Tezpur Lunatic Asylum reports 1895-1904 - 1895-1904
Year: 1895
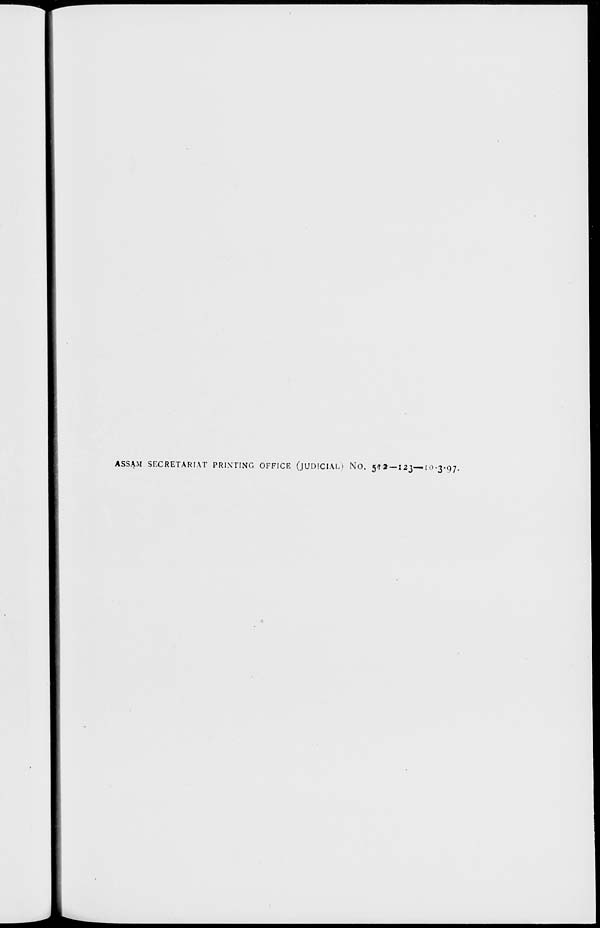
ASSAM SECRETARIAT PRINTING OFFICE (JUDICIAL) NO. 5<! 2 — 1 23—IO-3-97.